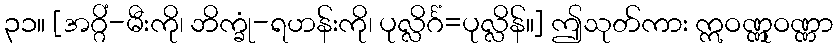
၃၁။ [အဂ္ဂိံ-မီးကို၊ ဘိက္ခုံ-ရဟန်းကို၊ ပုလ္လိင်္ဂံ=ပုလ္လိန်။] ဤသုတ်ကား ဣဝဏ္ဏုဝဏ္ဏာ